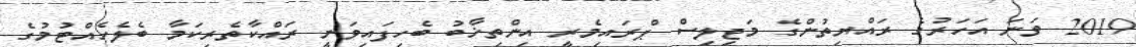
2019 ވަނަ އަހަރުގެ ރައްޔިތުންގެ މަޖިލިސް ޕްރައިމެރީ އިންތިޚާބު ބެހިފައިވަނީ ރައްކާތެރިކަމާ ބެލެހެއްޓުމުގެ